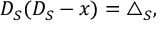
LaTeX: D _ { S } ( D _ { S } - x ) = \triangle _ { S } ,